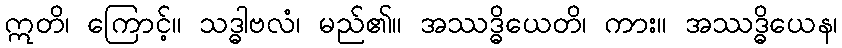
ဣတိ၊ ကြောင့်။ သဒ္ဓါဗလံ၊ မည်၏။ အဿဒ္ဓိယေတိ၊ ကား။ အဿဒ္ဓိယေန၊